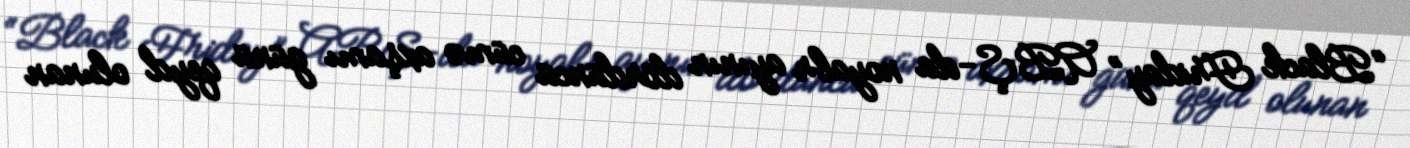
“Black Friday” ABŞ-da noyabr ayının dördüncü cümə axşamı günü qeyd olunan